65_HS1-834228961_62-HQ-83894_Section_5
Agency: FBI
Page 11
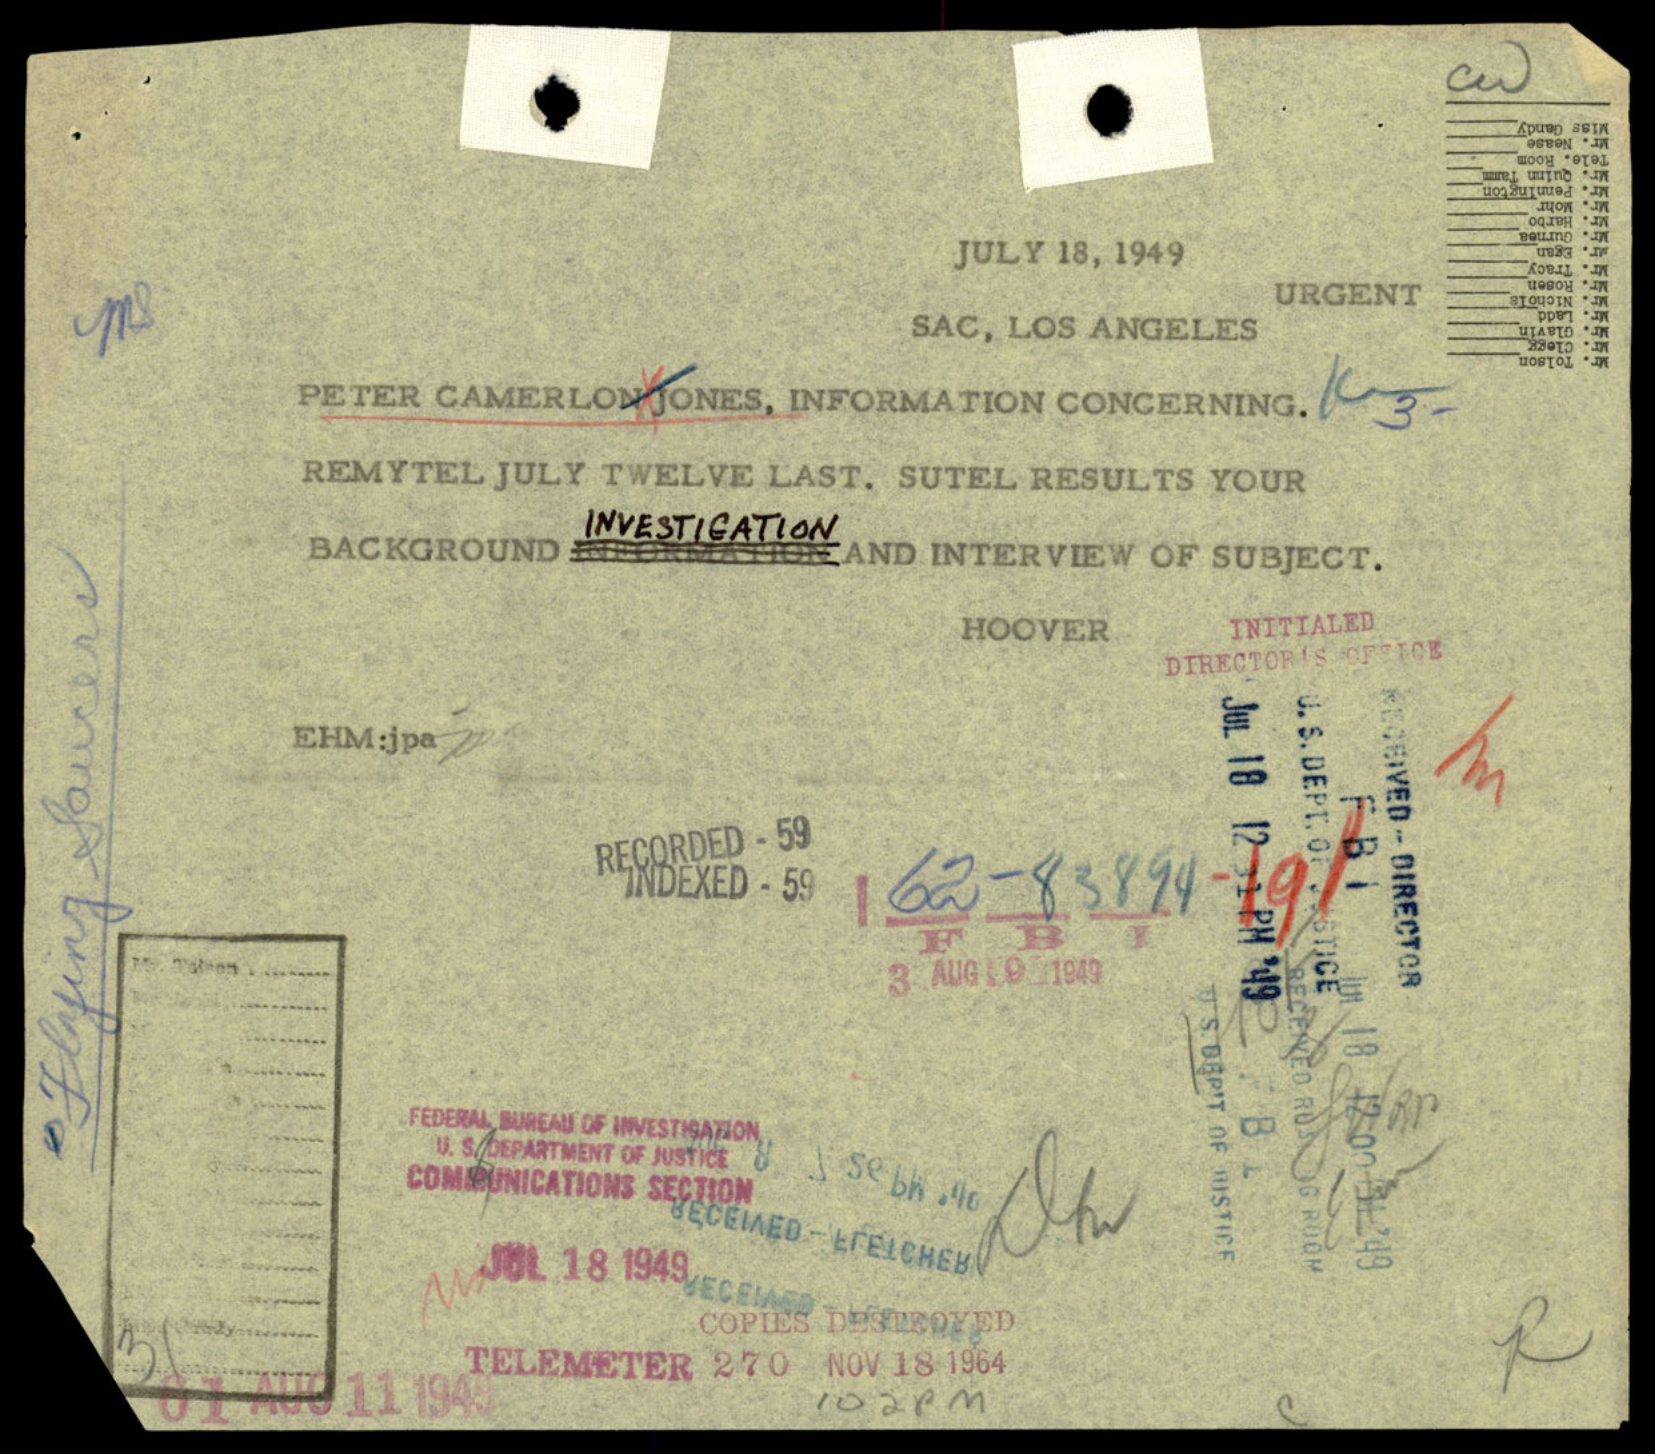